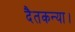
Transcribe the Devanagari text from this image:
दैतकन्या।